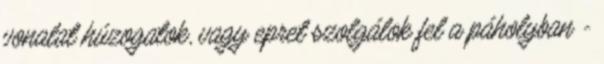
vonalat húzogatok, vagy epret szolgálok fel a páholyban -